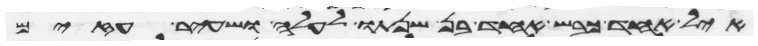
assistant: איל אחד כבש אחד בן שנתו לעלה ושעיר עזים